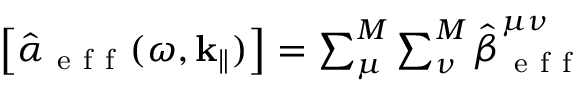
\begin{array} { r } { \left[ \hat { \boldsymbol { \alpha } } _ { \mathrm { ~ e ~ f ~ f ~ } } ( \omega , \mathbf { k } _ { \| } ) \right] = \sum _ { \mu } ^ { M } \sum _ { \nu } ^ { M } \hat { \boldsymbol { \beta } } _ { \mathrm { ~ e ~ f ~ f ~ } } ^ { \mu \nu } } \end{array}